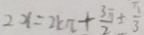
2 x = 2 k \pi + \frac { 3 \pi } { 2 } + \frac { \pi } { 3 }